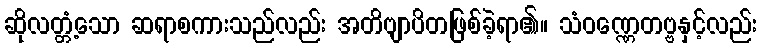
ဆိုလတ္တံ့သော ဆရာစကားသည်လည်း အတိဗျာပိတဖြစ်ခဲ့ရာ၏။ သံဝဏ္ဏေတဗ္ဗနှင့်လည်း